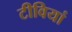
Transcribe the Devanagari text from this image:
टीवियां